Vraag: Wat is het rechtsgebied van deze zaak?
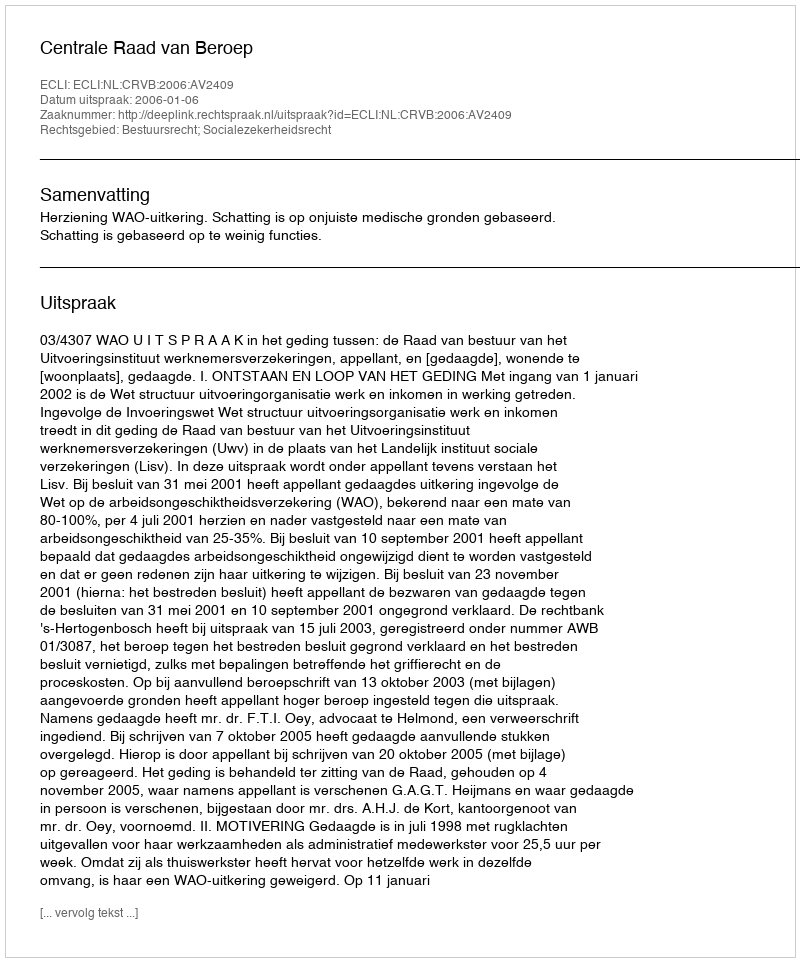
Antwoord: Bestuursrecht; Socialezekerheidsrecht